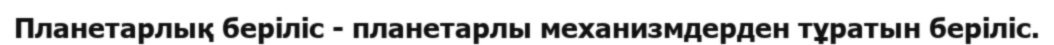
Планетарлық беріліс - планетарлы механизмдерден тұратын беріліс.